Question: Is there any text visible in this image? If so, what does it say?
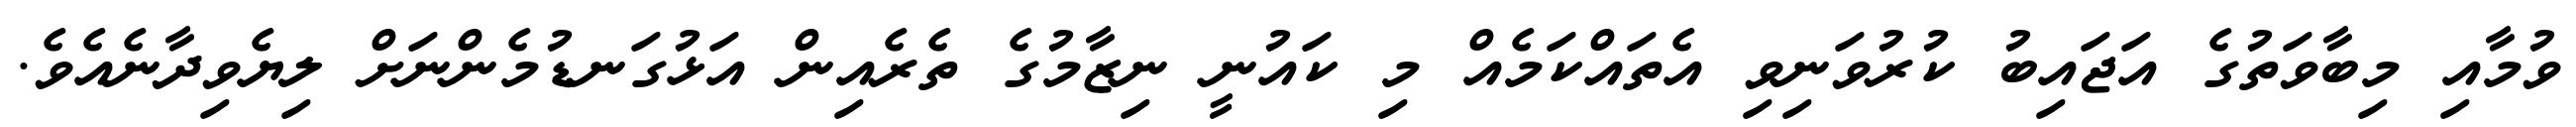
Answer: ވުމާއި މިބާވަތުގެ އަޖައިބު ކުރުވަނިވި އެތައްކަމެއް މި ކައުނީ ނިޒާމުގެ ތެރެއިން އަޅުގަނޑުމެންނަށް ލިޔެވިދާނެއެވެ.